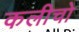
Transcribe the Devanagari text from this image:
कलीचो